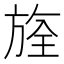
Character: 𣄀